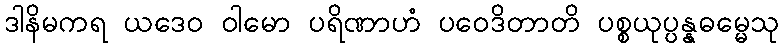
ဒါနိမကရ ယဒေဝ ဝါမော ပရိဏာဟံ ပဝေဒိတာတိ ပစ္စယုပ္ပန္နဓမ္မေသု